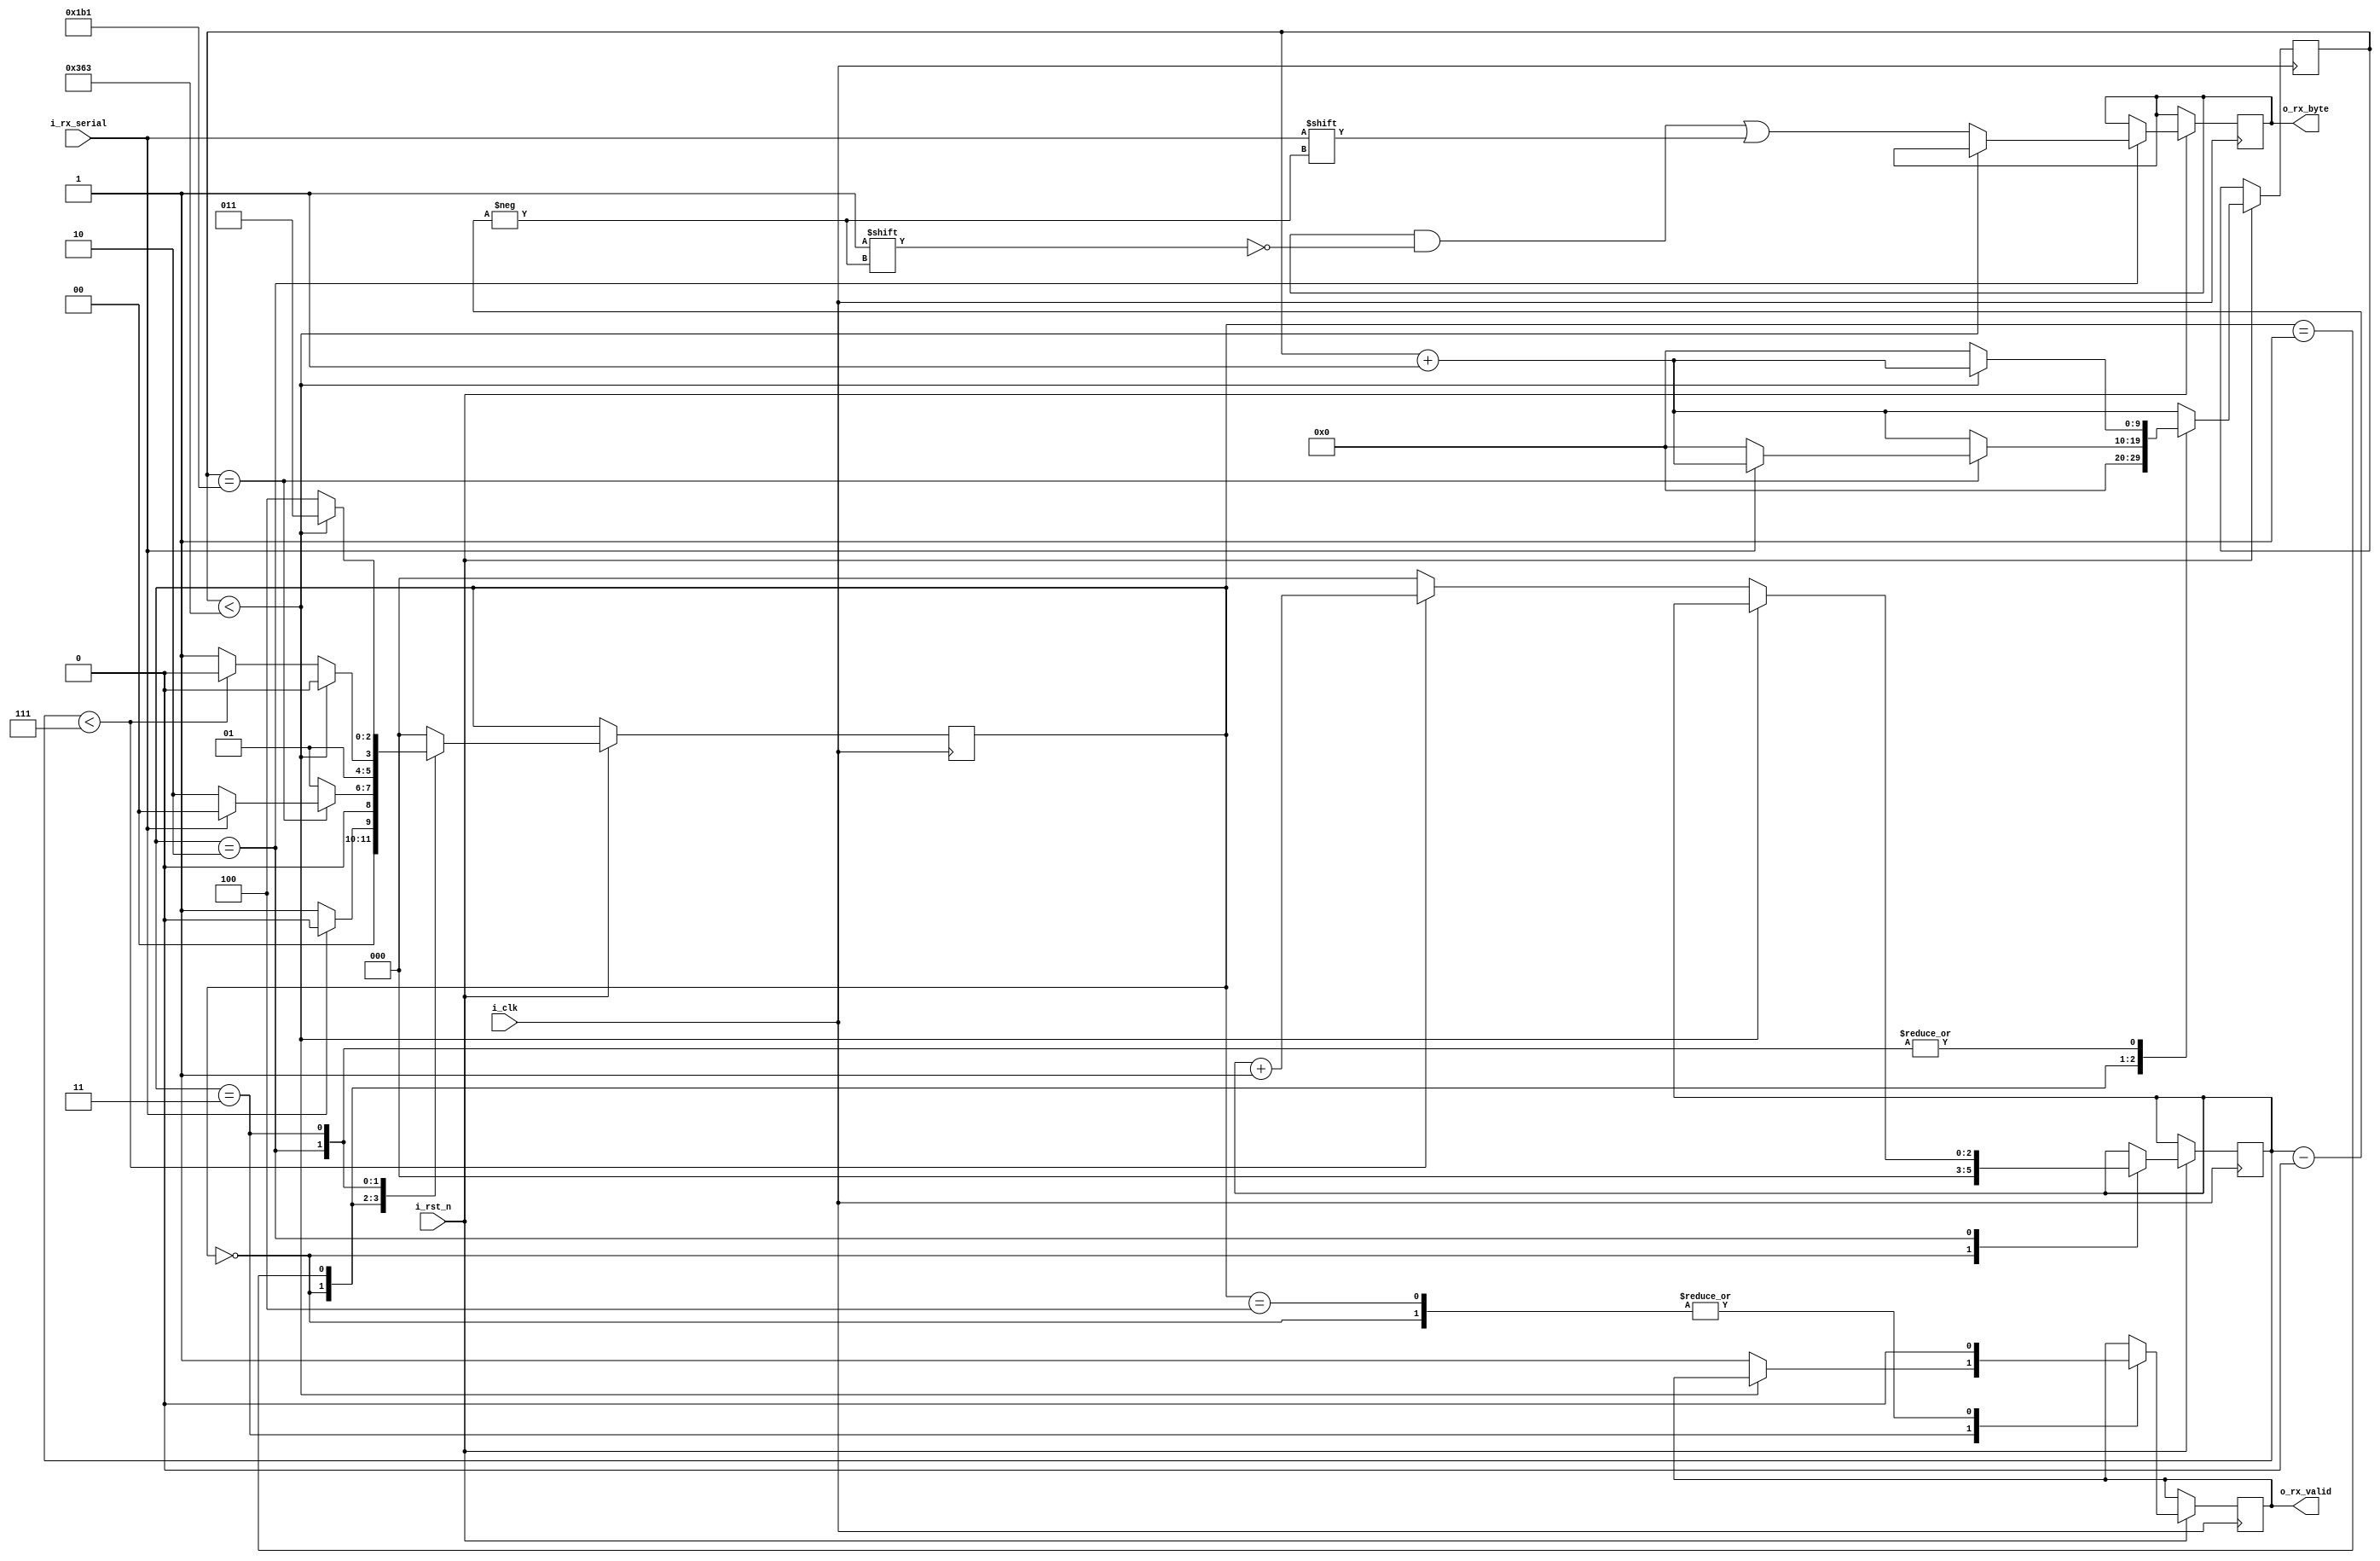
`timescale 1ns / 1ps
//////////////////////////////////////////////////////////////////////////////////
// Company: 
// Engineer: 
// 
// Design Name: 
// Module Name: uart_rx
// Project Name: 
// Target Devices: 
// Tool Versions: 
// Description: 
// 
// Dependencies: 
// 
// Revision:
// Revision 0.01 - File Created
// Additional Comments:
// 
//////////////////////////////////////////////////////////////////////////////////


module uart_rx
    #(
    parameter CLK_RATE = 100000000,
    parameter BAUD_RATE = 115200,
    parameter WORD_LENGTH = 8
    )
    (
    input i_rst_n,
    input i_clk,
    input i_rx_serial,
    output o_rx_valid,
    output [WORD_LENGTH-1:0] o_rx_byte
    );
    
    
localparam CLKS_PER_BIT = CLK_RATE/BAUD_RATE;

localparam IDLE = 3'b000;
localparam RX_START = 3'b001;
localparam RX_DATA = 3'b010;
localparam RX_STOP = 3'b011;
localparam WAIT = 3'b100;

reg [$clog2(CLKS_PER_BIT)-1:0] r_clk_count;
reg [$clog2(WORD_LENGTH)-1:0] r_bit_index; 
reg [2:0] state = IDLE;
reg r_rx_valid;
reg [WORD_LENGTH-1:0] r_rx_byte;

always @(posedge i_clk or negedge i_rst_n)
    begin
        if(~i_rst_n) begin
        
        end
        else begin
            r_clk_count <= r_clk_count + 1;
            case(state)
                IDLE:
                    begin
                        r_clk_count <= 0;
                        r_rx_valid <= 1'b0;
                        r_bit_index <= 0;
                        if(i_rx_serial == 1'b0)
                            state <= RX_START;
                        else
                            state <= IDLE;
                    end
                RX_START:
                    begin
                        if(r_clk_count == (CLKS_PER_BIT-1)/2) begin
                            if(i_rx_serial == 1'b0) begin
                                state <= RX_DATA;
                                r_clk_count <= 0;
                            end else
                                state <= IDLE;
                        end else
                            state <= RX_START;
                    end 
                RX_DATA:
                    begin
                        if(r_clk_count < CLKS_PER_BIT-1)
                            state <= RX_DATA;
                        else begin
                            r_clk_count <= 0;
                            r_bit_index <= r_bit_index + 1;
                            r_rx_byte[r_bit_index] <= i_rx_serial;
                            if(r_bit_index < 7)
                                state <= RX_DATA;
                            else begin
                                r_bit_index <= 0;
                                state <= RX_STOP;
                            end
                        end
                    end
                RX_STOP:
                    begin
                        if(r_clk_count < CLKS_PER_BIT-1)
                            state <= RX_STOP;
                        else begin
                            r_clk_count <= 0;
                            state <= WAIT;
                            r_rx_valid <= 1'b1;
                        end
                    end
                WAIT:
                    begin
                        r_rx_valid <= 1'b0;
                        state <= IDLE;
                    end 
                default:
                    state <= IDLE;
            endcase       
        end
    end
    
    assign o_rx_valid = r_rx_valid;
    assign o_rx_byte = r_rx_byte;
endmodule